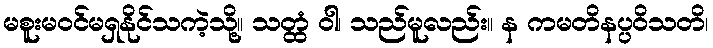
မစူးမဝင်မရှနိုင်သကဲ့သို့။ သတ္ထံ ဝါ၊ သည်မူလည်း။ န ကမတိနပ္ပဝိသတိ၊